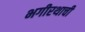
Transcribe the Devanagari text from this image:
भगीरथाची